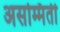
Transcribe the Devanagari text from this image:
असम्मिती